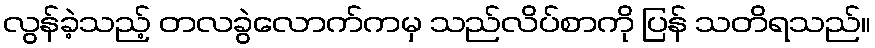
လွန်ခဲ့သည့် တလခွဲလောက်ကမှ သည်လိပ်စာကို ပြန် သတိရသည်။